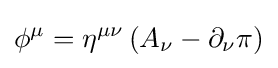
\phi ^{\mu }=\eta ^{\mu \nu }\left(A_{\nu }-\partial _{\nu }\pi \right)